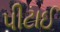
પીટાઈ